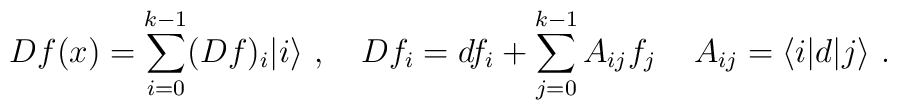
D f(x) = \sum_{i=0}^{k-1} (Df)_i |i\rangle\,\,,\quad Df_i = df_i +\sum_{j=0}^{k-1}  A_{ij} f_j\,\quad A_{ij} = \langle i | d | j\rangle\,\,.